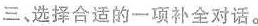
三,选择合适的一项补全对话.